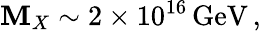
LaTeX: \mathbf{M}_{X}\sim2\times10^{16}\, \mathrm{{GeV}}\, ,